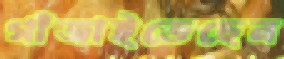
গাঁজাইতেছেন